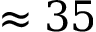
\approx 3 5